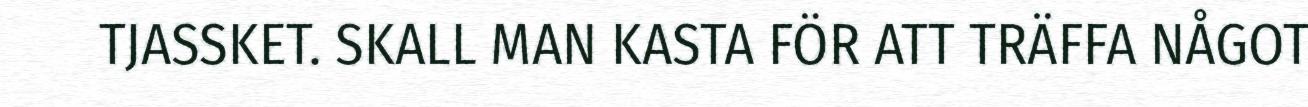
TJASSKET. SKALL MAN KASTA FÖR ATT TRÄFFA NÅGOT